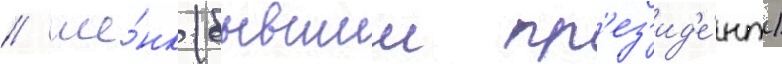
// Ше́нк (бывшии пр'ез'ид'е́нт)